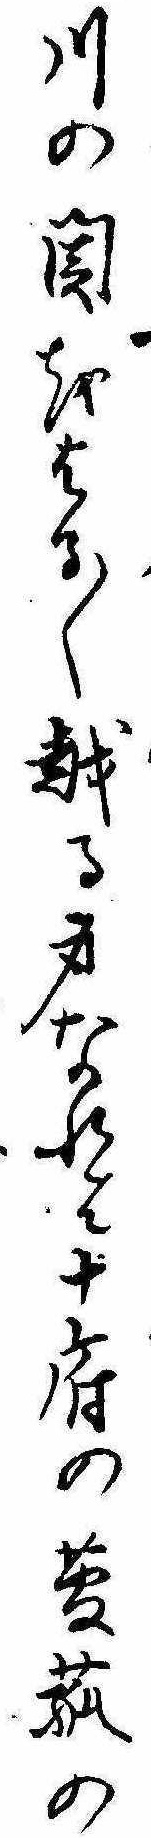
川の関をはる〱越る身なれは十府の菅菰の